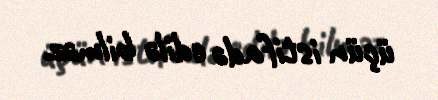
üçün istifadə edilə bilməz.